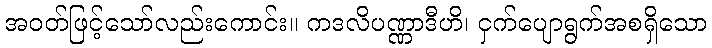
အဝတ်ဖြင့်သော်လည်းကောင်း။ ကဒလိပဏ္ဏာဒီဟိ၊ ငှက်ပျောရွက်အစရှိသော